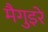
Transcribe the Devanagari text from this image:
मैगुइरे